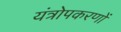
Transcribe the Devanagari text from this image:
यंत्रोपकरणों